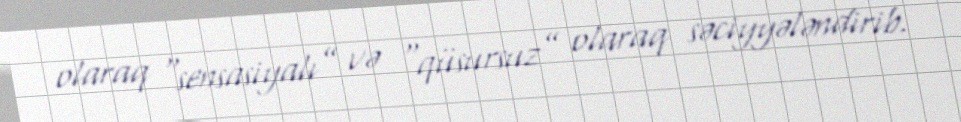
olaraq “sensasiyalı” və “qüsursuz” olaraq səciyyələndirib.